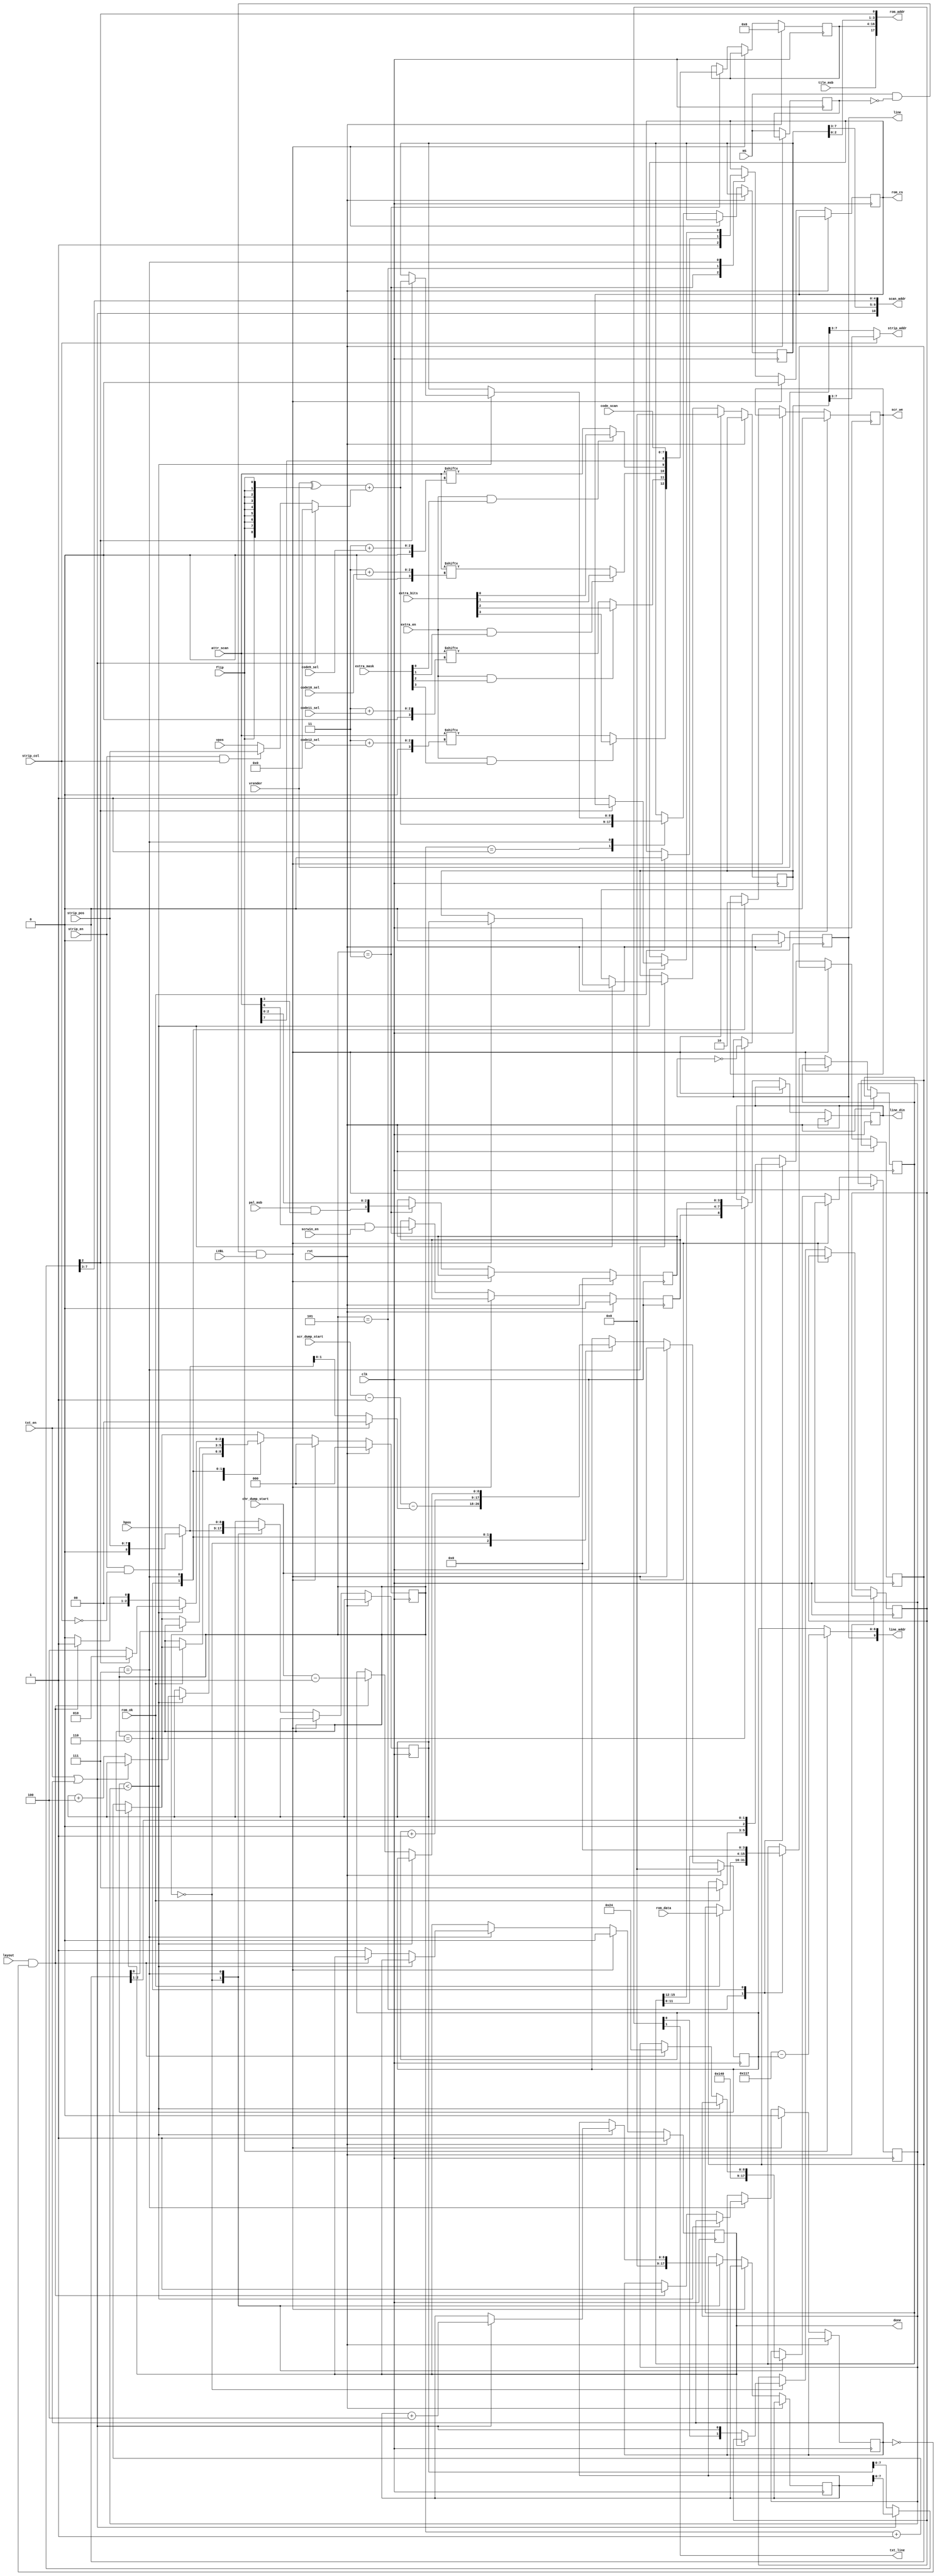
/*  This file is part of JTCONTRA.
    JTCONTRA program is free software: you can redistribute it and/or modify
    it under the terms of the GNU General Public License as published by
    the Free Software Foundation, either version 3 of the License, or
    (at your option) any later version.

    JTCONTRA program is distributed in the hope that it will be useful,
    but WITHOUT ANY WARRANTY; without even the implied warranty of
    MERCHANTABILITY or FITNESS FOR A PARTICULAR PURPOSE.  See the
    GNU General Public License for more details.

    You should have received a copy of the GNU General Public License
    along with JTCONTRA.  If not, see <http://www.gnu.org/licenses/>.

    Author: Jose Tejada Gomez. Twitter: @topapate
    Version: 1.0
    Date: 02-05-2020 */

// Main features of Konami's 007121 hardware
// Some elements have been factored out one level up (H/S timing...)

module jtcontra_gfx_tilemap(
    input                rst,
    input                clk,
    input                HS,
    input                LVBL,
    input       [ 8:0]   hpos,
    input       [ 7:0]   vpos,
    input       [ 8:0]   vrender,
    input                flip,
    input                scrwin_en,
    output reg           done,
    // Text mode
    input                txt_en,        // enables the text mode
    input                layout,
    output      [10:0]   scan_addr,
    // Line buffer
    output reg           line,
    output               scr_we,
    output reg  [ 8:0]   line_din,
    output      [ 9:0]   line_addr,
    output               txt_line,
    // SDRAM
    output reg           rom_cs,
    output      [17:0]   rom_addr,
    input                rom_ok,
    input       [15:0]   rom_data,
    input       [ 7:0]   attr_scan,
    input       [ 7:0]   code_scan,
    // Strip scroll
    input                strip_en,
    input                strip_col,
    input       [ 7:0]   strip_pos,
    output      [ 4:0]   strip_addr,
    // Configuration
    input       [ 8:0]   chr_dump_start,
    input       [ 8:0]   scr_dump_start,
    input                pal_msb,
    input       [ 3:0]   extra_mask,
    input                extra_en,
    input       [ 3:0]   extra_bits,
    input                tile_msb,
    input       [ 1:0]   code9_sel,
    input       [ 1:0]   code10_sel,
    input       [ 1:0]   code11_sel,
    input       [ 1:0]   code12_sel
);

localparam [8:0] RENDER_END = 9'o500;
localparam [8:0] BLANK      = 9'o460;

reg  [12:0] code;
reg  [ 3:0] pal;
reg  [ 1:0] txt_his;
reg         line_we;
reg  [ 2:0] st;
reg         last_HS;
reg         scrwin;
reg  [ 8:0] hend, hn_txt,hn_scr, vn, hn_aux;
wire [ 8:0] lyr_vn, vpos_sum;
reg  [ 4:0] bank;
reg  [ 2:0] dump_cnt;
reg  [15:0] pxl_data;
reg  [8:0]  hrender;
wire        txt_row;
wire [ 9:0] scr_hn0, hn;
reg         scores;

assign txt_line   = txt_his[1];
assign txt_row    = txt_en || scores;
assign scr_hn0    = (strip_en && !strip_col)? {1'b0,strip_pos} : hpos;
assign line_addr  = { line, flip ? 9'h117-hrender  : hrender };
assign scr_we     = line_we;
assign rom_addr   = { tile_msb, code, vn[2:0], hn[2] }; // 13+3+1 = 17!
assign scan_addr  = { txt_row, vn[7:3], hn[7:3] }; // 1 + 5 + 5 = 11
assign strip_addr = strip_col ? hn_aux[7:3] : vrender[7:3];
assign vpos_sum   = (strip_en && strip_col) ? {1'd0,strip_pos} : {1'd0,vpos};
assign lyr_vn     = (vrender^{1'b0,{9{flip}}}) + (txt_row ? 9'd0 : vpos_sum);
assign hn         = txt_row ? hn_txt : hn_scr;

always @(*) begin
    bank[0] = attr_scan[7];
    bank[1] = (extra_en & extra_mask[0]) ? extra_bits[0] : attr_scan[3+code9_sel ];
    bank[2] = (extra_en & extra_mask[1]) ? extra_bits[1] : attr_scan[3+code10_sel];
    bank[3] = (extra_en & extra_mask[2]) ? extra_bits[2] : attr_scan[3+code11_sel];
    bank[4] = (extra_en & extra_mask[3]) ? extra_bits[3] : attr_scan[3+code12_sel];
end

//initial bank=5'h2;
always @(posedge clk) begin
    if( rst ) begin
        done    <= 1;
        pal     <= 4'd0;
        code    <= 13'd0;
        line_we <= 0;
        st      <= 3'd0;
        line    <= 0;
        scrwin  <= 0;
        hrender <= 0;
    end else begin
        last_HS <= HS;
        if( HS && !last_HS && LVBL) begin
            line   <= ~line;
            done   <= 0;
            rom_cs <= 0;
            st     <= 3'd0;
            hrender<= chr_dump_start;
            scores <= 0;
            hn_aux <= 0;
        end else begin
            if(!done) st <= st + 3'd1;
            case( st )
                0: begin
                    hn_txt <= 0;
                    hn_scr <= scr_hn0[8:0];
                    //hrender <= ( txt_en ? chr_dump_start : scr_dump_start )
                    //           - { 7'd0, scr_hn0[1:0] } - 9'd1;
                    hrender <= scr_dump_start - 1'd1 - (txt_en ? 0 : { 7'd0, scr_hn0[1:0] });
                    hend    <= RENDER_END;
                    if(!done) txt_his <= { txt_his[0], txt_row };
                end
                1: begin
                    vn <= lyr_vn;
                end
                3: begin
                    code   <= { bank, code_scan };
                    pal    <= { pal_msb & attr_scan[3], attr_scan[2:0] };
                    scrwin <= (attr_scan[6] && scrwin_en);
                    rom_cs <= 1;
                end
                5: begin
                    if( rom_ok ) begin
                        pxl_data <= /*(hrender>=BLANK && layout) ? 16'd0 : */rom_data;
                        rom_cs   <= 0;
                        dump_cnt <= 7;
                    end else st <= st;
                end
                6: begin // dumps 4 pixels
                    if( dump_cnt[0] ) st<=st;
                    dump_cnt <= dump_cnt>>1;
                    pxl_data <= pxl_data << 4;
                    hrender  <= hrender + 9'd1;
                    line_din <= { scrwin, pal, pxl_data[15:12] };
                    line_we  <= 1;
                end
                7: begin
                    line_we <= 0;
                    if( hrender < hend ) begin
                        if( txt_row )
                            hn_txt <= hn_txt + 9'd4;
                        else
                            hn_scr <= hn_scr + 9'd4;
                        if( !hn[2] ) begin
                            rom_cs  <= 1;
                            st      <= 4; // wait for new ROM data
                        end else begin
                            vn      <= lyr_vn; // in case there is column scroll
                            hn_aux  <= hn_scr;
                            st      <= 2; // collect tile info
                        end
                    end else begin
                        if( layout && !scores ) begin
                            scores  <= 1;
                            hend    <= 9'o44;
                            hrender <= chr_dump_start-1'd1;
                            st      <= 1; // assign vn again
                        end else begin
                            done <= 1;
                            st   <= 0;
                        end
                    end
                end
            endcase // st
        end
    end
end

endmodule